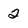
Character: 2